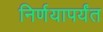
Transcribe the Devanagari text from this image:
निर्णयापर्यंत